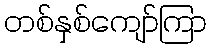
တစ်နှစ်ကျော်ကြာ